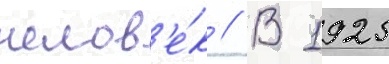
челов'е́к // В 1925